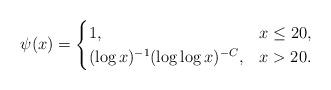
LaTeX: \begin{align*}\psi(x) =\begin{cases}1, & x \le 20,\\(\log x)^{-1} (\log \log x)^{-C}, & x > 20.\end{cases}\end{align*}